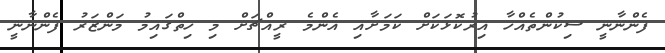
ފެންނާނީ ސިކުންތެއްހާ އިރުކޮޅަކަށް ކަމަށާއި އެންމެ ރީއްޗަށް މި ހިތްގައިމު މަންޒަރު ފެންނާނީ